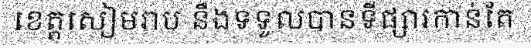
ខេត្តសៀមរាប នឹងទទួលបានទីផ្សារកាន់តែ